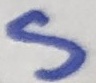
Text: S